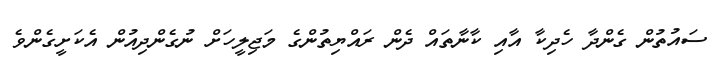
ސައުތުން ގެންދާ ހެދިކާ އާއި ކާނާތައް ދެން ރައްޔިތުންގެ މަޖިލީހަށް ނުގެންދިއުން އެކަށީގެންވެ